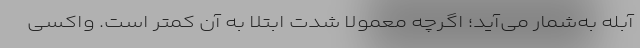
آبله به‌شمار می‌آید؛ اگرچه معمولا شدت ابتلا به آن کمتر است. واکسی